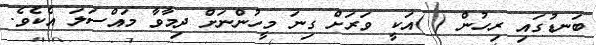
ބަނޑުގައި ރިހުން ( )އަކީ ވަރަށް ގިނަ މީހުންނަށް ދިމާވާ މައްސަލަ އެކެވެ.